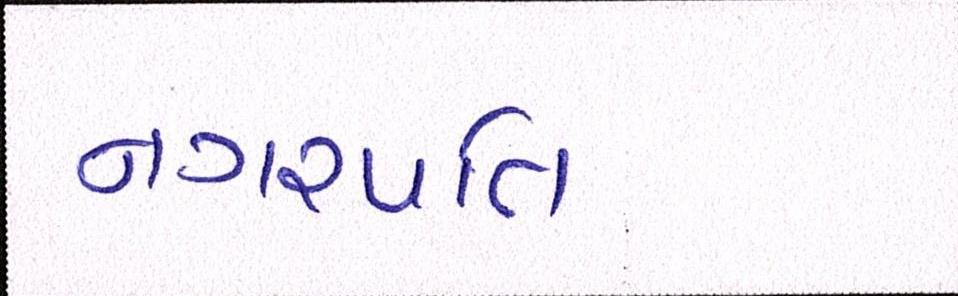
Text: નગરપતિ